Leaving Certificate Examination, 1906
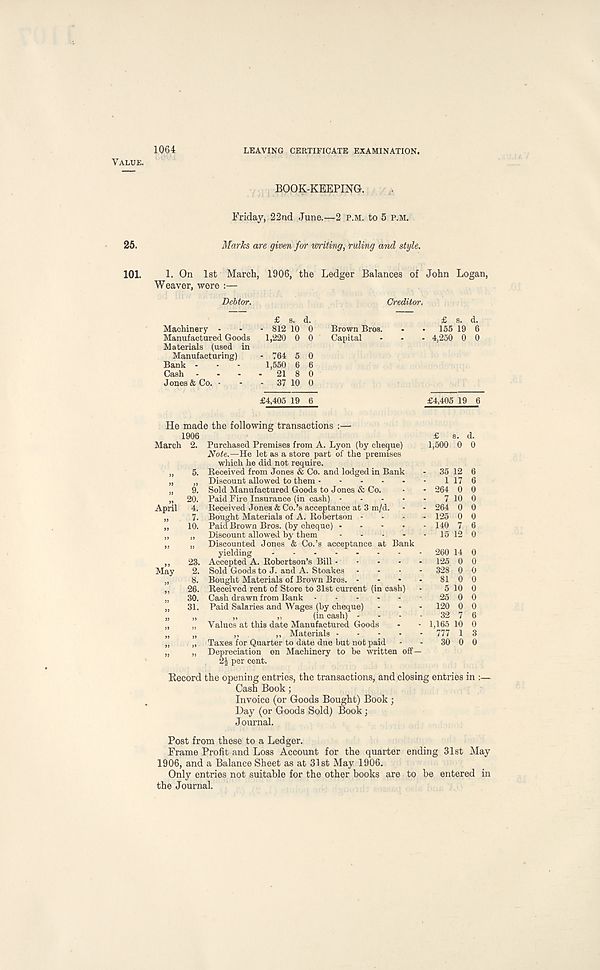
1064
LEAVING CERTIFICATE EXAMINATION.
Value.
BOOK-KEEPING.
Friday, 22nd June.—2 p.m. to 5 p.m.
Marks are given for writing, ruling and style.
101. 1. On 1st March, 1906, the Ledger Balances of John Logan,
Weaver, were
Debtor.
Creditor.
£ s. d.
Machinery - - - 812 10 0 Brown Bros.
Manufactured Goods 1,220 0 0 Capital
Materials (used in
Manufacturing) - 764 5 0
Bank - - - 1,550 6 6
Cash - - - - 21 8 0
Jones & Co. - - - 37 10 0
£ s. d.
. 155 19 6
- 4,250 0 0
£4,405 19 6
£4,405 19 6
He made the following transactions :—
1906
March 2.
„ 5.
” 9-
„ 20.
April 4.
» 7.
„ 10.
„ 23.
May 2.
„ 8.
„ 26.
„ 30.
„ 31.
Purchased Premises from A. Lyon (by checiue)
Note.—He let as a store part of the premises
which he did not require.
B.eceived from Jones & Co. and lodged in Bank
Discount allowed to them
Sold Manufactured Goods to Jones & Co.
Paid Fire Insurance (in cash) - - - -
Received Jones & Co.’s acceptance at 3 m/d.
Bought Materials of A. Robertson -
Paid Brown Bros, (by cheque) • - - -
Discount allowed by them ....
Discounted Jones & Co.’s acceptance at Bank
yielding
Accepted A. Robertson’s Bill
Sold Goods to J. and A. Stoakes ....
Bought Materials of Brown Bros. - - - .
Received rent of Store to 31st current (in cash)
Cash drawn from Bank
Paid Salaries and Wages (by cheque)
„
„
(in cash) ... -
Values at this date Manufactured Goods
,,
,, Materials
Taxes for Quarter to date due but not paid
Depreciation on Machinery to be written off—
24 per cent.
£ s. d.
1,500 0 0
35 12 6
1 17 6
264 0 0
7 10 0
264 0 0
125 0 0
140 7 6
15 12 0
260 14 0
125 0 0
328 0 0
81 0 0
5 10 0
25 0 0
120 0 0
32 7 6
1,165 10 0
777 1 3
30 0 0
Record the opening entries, the transactions, and closing entries in
Cash Book;
Invoice (or Goods Bought) Book ;
Day (or Goods Sold) Book;
Journal.
Post from these to a Ledger.
Frame Profit and Loss Account for the quarter ending 31st May
1906, and a Balance Sheet as at 31st May 1906.
Only entries not suitable for the other books are to be entered in
the Journal.